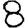
Digit: 8